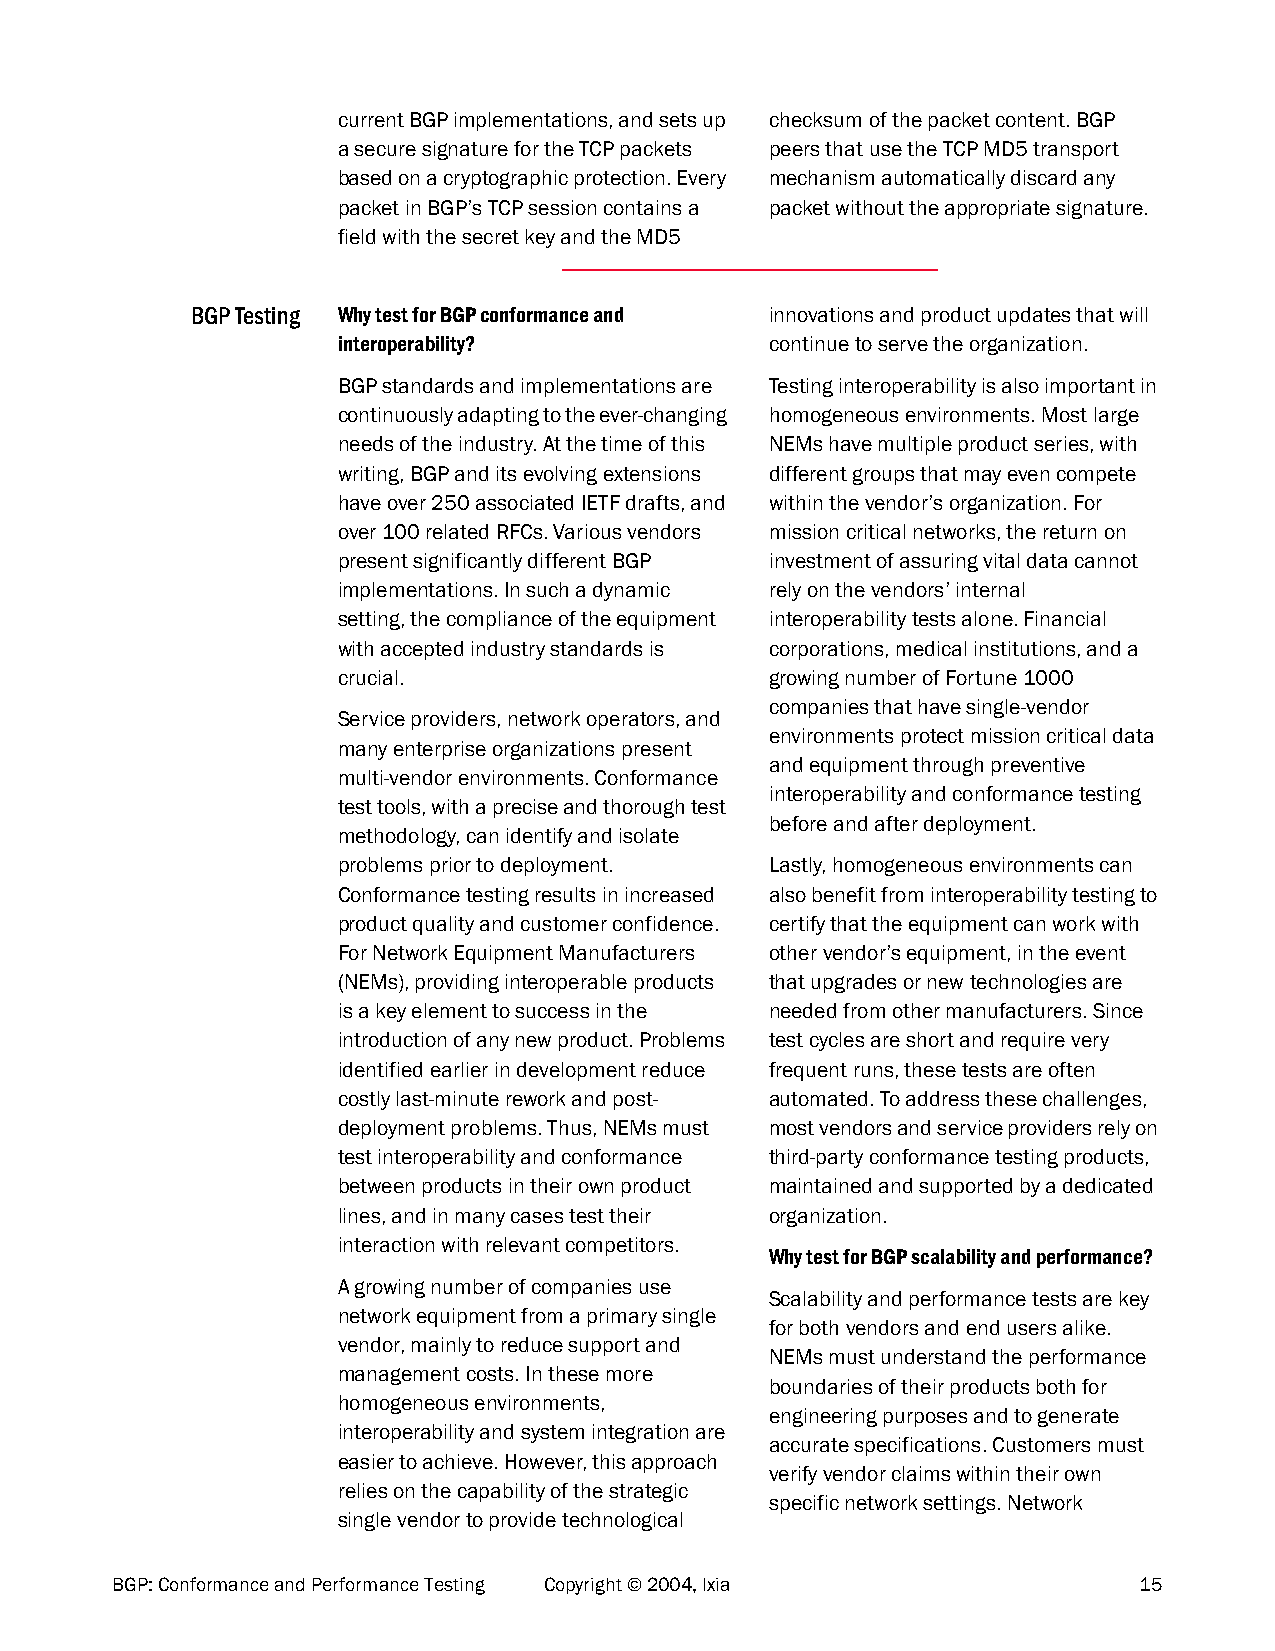
current BGP implementations, and sets up checksum of the packet content. BGP
 a secure signature for the TCP packets peers that use the TCP MD5 transport
 based on a cryptographic protection. Every mechanism automatically discard any
 packet in BGP’s TCP session contains a packet without the appropriate signature.
 field with the secret key and the MD5
 BGP Testing Why test for BGP conformance and innovations and product updates that will
 interoperability?            continue to serve the organization.
 BGP standards and implementations are Testing interoperability is also important in
 continuously adapting to the ever-changing homogeneous environments. Most large
 needs of the industry. At the time of this NEMs have multiple product series, with
 writing, BGP and its evolving extensions different groups that may even compete
 have over 250 associated IETF drafts, and within the vendor’s organization. For
 over 100 related RFCs. Various vendors mission critical networks, the return on
 present significantly different BGP investment of assuring vital data cannot
 implementations. In such a dynamic rely on the vendors’ internal
 setting, the compliance of the equipment interoperability tests alone. Financial
 with accepted industry standards is corporations, medical institutions, and a
 crucial.                     growing number of Fortune 1000
 companies that have single-vendor
 Service providers, network operators, and
 environments protect mission critical data
 many enterprise organizations present
 and equipment through preventive
 multi-vendor environments. Conformance
 interoperability and conformance testing
 test tools, with a precise and thorough test
 before and after deployment.
 methodology, can identify and isolate
 problems prior to deployment. Lastly, homogeneous environments can
 Conformance testing results in increased also benefit from interoperability testing to
 product quality and customer confidence. certify that the equipment can work with
 For Network Equipment Manufacturers other vendor’s equipment, in the event
 (NEMs), providing interoperable products that upgrades or new technologies are
 is a key element to success in the needed from other manufacturers. Since
 introduction of any new product. Problems test cycles are short and require very
 identified earlier in development reduce frequent runs, these tests are often
 costly last-minute rework and post- automated. To address these challenges,
 deployment problems. Thus, NEMs must most vendors and service providers rely on
 test interoperability and conformance third-party conformance testing products,
 between products in their own product maintained and supported by a dedicated
 lines, and in many cases test their organization.
 interaction with relevant competitors.
 Why test for BGP scalability and performance?
 A growing number of companies use
 Scalability and performance tests are key
 network equipment from a primary single
 for both vendors and end users alike.
 vendor, mainly to reduce support and
 NEMs must understand the performance
 management costs. In these more
 boundaries of their products both for
 homogeneous environments,
 engineering purposes and to generate
 interoperability and system integration are
 accurate specifications. Customers must
 easier to achieve. However, this approach
 verify vendor claims within their own
 relies on the capability of the strategic
 specific network settings. Network
 single vendor to provide technological
 BGP: Conformance and Performance Testing Copyright © 2004, Ixia     15